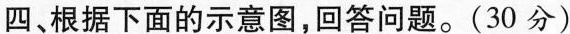
四、根据下面的示意图,回答问题.(30 分)